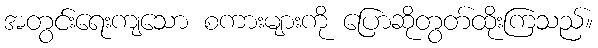
အတွင်းရေးကျသော စကားများကို ပြောဆိုတွတ်ထိုးကြသည်။